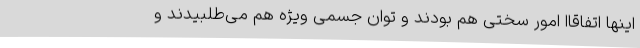
اینها اتفاقاًا امور سختی هم بودند و توان جسمی ویژه هم می‌طلبیدند و